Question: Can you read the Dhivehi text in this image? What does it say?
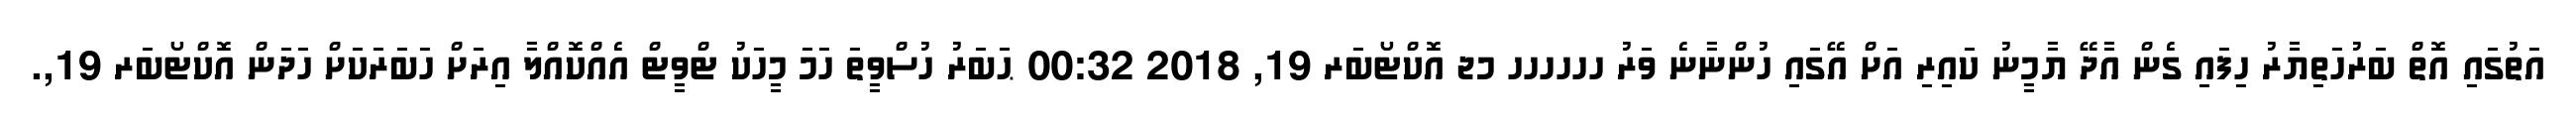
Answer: އަތުގައި އޮތް ބަރުހަތިޔާރު ހިފައި ގެން އާދޭ ޔާމީނު ކައިރި އަށް އޭގައި ހުންނާނެ ވަރު ހހހހހހ މޖ އޮކްޓޯބަރ 19, 2018 00:32 ޙަބަރު ހުސްވީތަ ހަމަ މީހަކު ޓްވީޓް އެއްކޮއްލާ އިރަށް ހަބަރަކަށް ހަދަން އޮކްޓޯބަރ 19,.